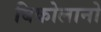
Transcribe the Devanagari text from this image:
बिकोलानो